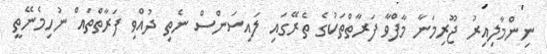
ނިންމާލިއިރު ޖޫރިމަނާ މާފްވާ ފަރާތްތަކުގެ ތެރޭގައި ލައިސަންސް ނެތި ދުއްވި ފަރާތްތައް ނުހިމެނޭތީ